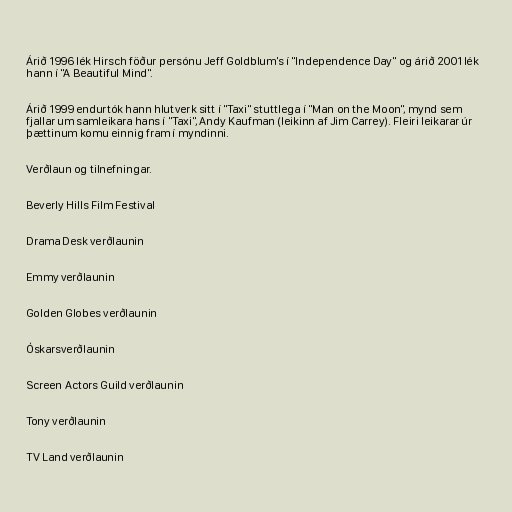
Árið 1996 lék Hirsch föður persónu Jeff Goldblum's í "Independence Day" og árið 2001 lék
hann í "A Beautiful Mind".

Árið 1999 endurtók hann hlutverk sitt í "Taxi" stuttlega í "Man on the Moon", mynd sem
fjallar um samleikara hans í "Taxi", Andy Kaufman (leikinn af Jim Carrey). Fleiri leikarar úr
þættinum komu einnig fram í myndinni.

Verðlaun og tilnefningar.

Beverly Hills Film Festival

Drama Desk verðlaunin

Emmy verðlaunin

Golden Globes verðlaunin

Óskarsverðlaunin

Screen Actors Guild verðlaunin

Tony verðlaunin

TV Land verðlaunin